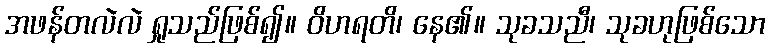
အဖန်တလဲလဲ ရှုသည်ဖြစ်၍။ ဝိဟရတိ၊ နေ၏။ သုခသညီ၊ သုခဟုဖြစ်သော